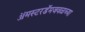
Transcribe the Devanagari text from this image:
ॲमस्टरडॅमजवळच्या